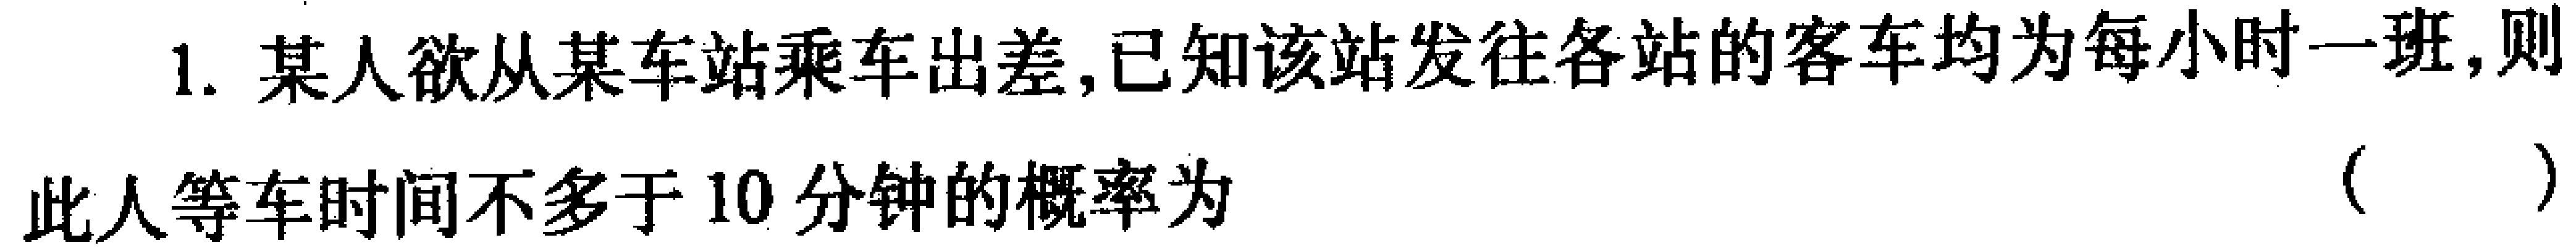
1. 某人欲从某车站乘车出差,已知该站发往各站的客车均为每小时一班,则
此人等车时间不多于 10 分钟的概率为 （  ）